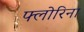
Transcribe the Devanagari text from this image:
फ्लोरिना